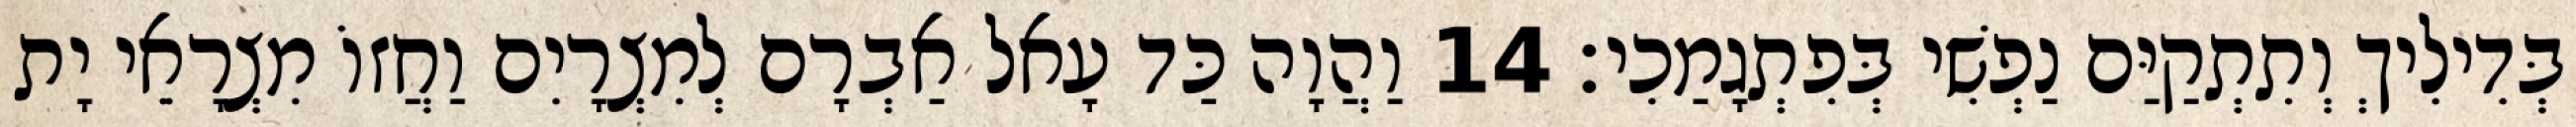
בְּדִילִיךְ וְתִתְקַיַּם נַפְשִׁי בְּפִתְגָמַכִי׃ 14 וַהֲוָה כַּד עָאל אַבְרָם לְמִצְרָיִם וַחֲזוֹ מִצְרָאֵי יָת